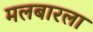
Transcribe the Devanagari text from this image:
मलबारला